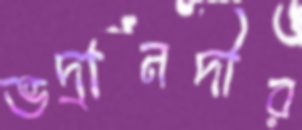
ভদ্রানদীর